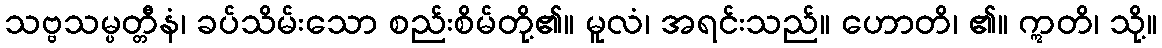
သဗ္ဗသမ္ပတ္တီနံ၊ ခပ်သိမ်းသော စည်းစိမ်တို့၏။ မူလံ၊ အရင်းသည်။ ဟောတိ၊ ၏။ ဣတိ၊ သို့။